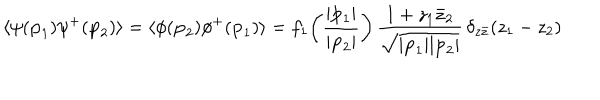
LaTeX: \langle \psi ( { \bf p } _ { 1 } ) \psi ^ { + } ( { \bf p } _ { 2 } ) \rangle = \langle \phi ( { \bf p } _ { 2 } ) \phi ^ { + } ( { \bf p } _ { 1 } ) \rangle = f _ { 1 } \! \left( \frac { | { \bf p } _ { 1 } | } { | { \bf p } _ { 2 } | } \right) \frac { 1 + z _ { 1 } \bar { z } _ { 2 } } { \sqrt { | { \bf p } _ { 1 } | | { \bf p } _ { 2 } | } } \, \delta _ { z \bar { z } } ( z _ { 1 } - z _ { 2 } )